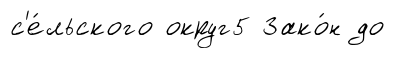
с'е́льского округ5 Зако́н до